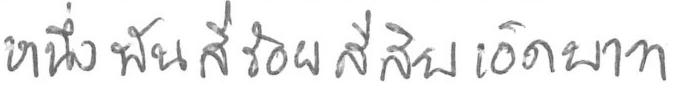
หนึ่งพันสี่ร้อยสี่สิบเอ็ดบาท